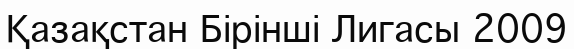
Қазақстан Бірінші Лигасы 2009